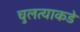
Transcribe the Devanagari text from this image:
चुलत्याकडे